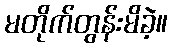
မတိုက်တွန်းမိခဲ့။